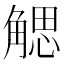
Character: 䚡